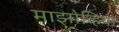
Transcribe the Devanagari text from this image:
माझोव्हिया